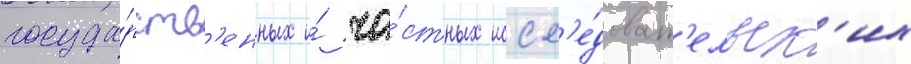
госуда́рств'енных и́ ча́стных иссл'е́доват'ельск'их